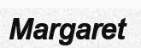
Margaret